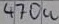
Text: 470u